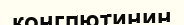
конглютинин